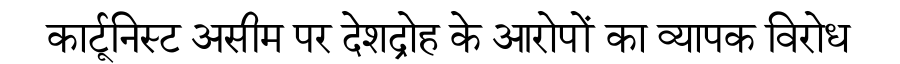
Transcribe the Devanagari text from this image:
कार्टूनिस्ट असीम पर देशद्रोह के आरोपों का व्यापक विरोध